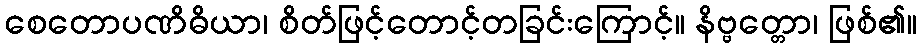
စေတောပဏိဓိယာ၊ စိတ်ဖြင့်တောင့်တခြင်းကြောင့်။ နိဗ္ဗတ္တော၊ ဖြစ်၏။